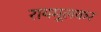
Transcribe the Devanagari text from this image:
रायमूलकर